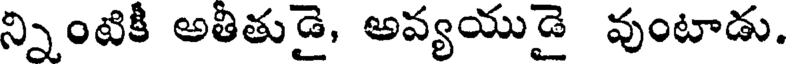
న్నింటికీ అతీతుడై, అవ్యయుడై వుంటాడు.